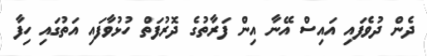
ދެން ދުވެފައި އައިސް އޭނާ އިން ފަރާތުގެ ދޮރުފަތް ހުޅުވާފައި އަތުގައި ހިފާ